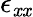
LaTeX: \epsilon_{\mathit{x}\mathit{x}}